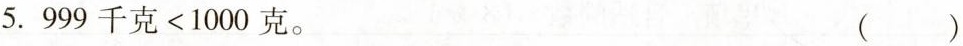
5.999千克<1000克。 ( )